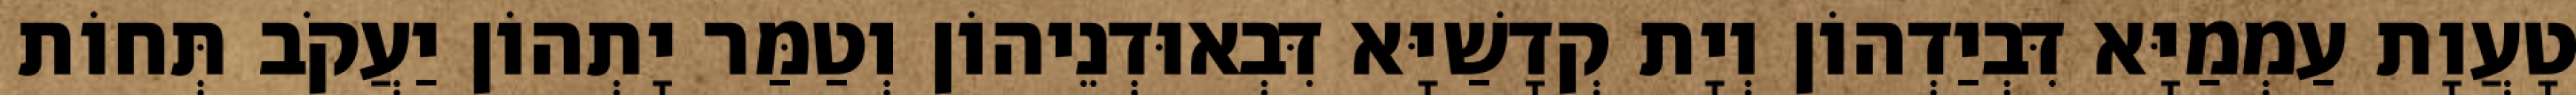
טָעֲוָת עַמְמַיָּא דִּבְיַדְהוֹן וְיָת קְדָשַׁיָּא דִּבְאוּדְנֵיהוֹן וְטַמַּר יָתְהוֹן יַעֲקֹב תְּחוֹת